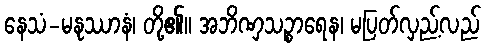
နေသံ-မနုဿာနံ၊ တို့၏။ အဘိဏှသဉ္စာရေန၊ မပြတ်လှည့်လည်